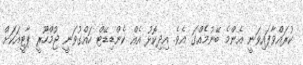
ކުރައްވާފައިވަނީ އެންމެ ބޭނުމެއްގަ އެވެ. އިދިކޮޅު އެއް ކެންޑިޑޭޓް ހައްގުވަނީ ޖުމްހޫރީ ޕާޓީއަކަށް